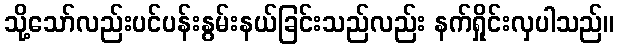
သို့သော်လည်းပင်ပန်းနွမ်းနယ်ခြင်းသည်လည်း နက်ရှိုင်းလှပါသည်။